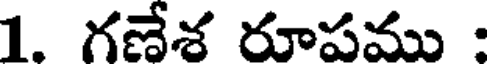
1. గణేశ రూపము :